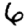
Digit: 6